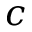
c